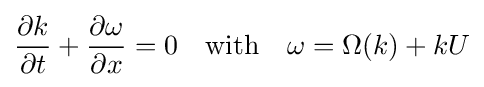
{\frac {\partial k}{\partial t}}+{\frac {\partial \omega }{\partial x}}=0\quad {\text{with}}\quad \omega =\Omega (k)+kU